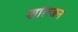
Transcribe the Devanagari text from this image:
शांतजन